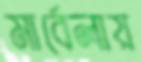
মার্বেলায়